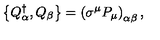
\left\{ Q _ { \alpha } ^ { \dagger } , Q _ { \beta } \right\} = \left( \sigma ^ { \mu } P _ { \mu } \right) _ { \alpha \beta } ,